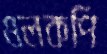
ওলকপি